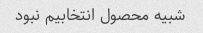
شبیه محصول انتخابیم نبود